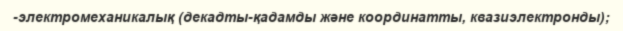
-электромеханикалық (декадты-қадамды және координатты, квазиэлектронды);